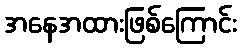
အနေအထားဖြစ်ကြောင်း